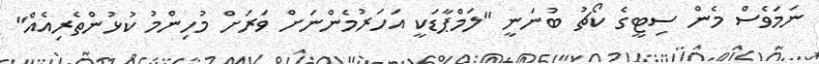
ނަމަވެސް މެން ސިޓީގެ ކޯޗު ބުނަނީ "ލަމްޕާޑަކީ އަހަރުމެންނަށް ވަރަށް މުހިންމު ކުޅުންތެރިއެއް"